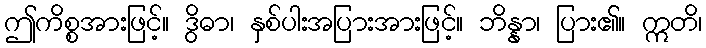
ဤကိစ္စအားဖြင့်။ ဒွိဓာ၊ နှစ်ပါးအပြားအားဖြင့်။ ဘိန္နာ၊ ပြား၏။ ဣတိ၊